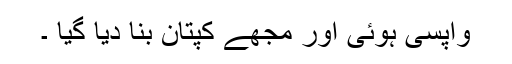
واپسی ہوئی اور مجھے کپتان بنا دیا گیا ۔